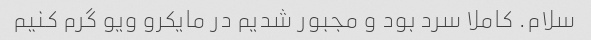
سلام. کاملا سرد بود و مجبور شدیم در مایکرو ویو گرم کنیم